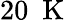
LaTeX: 20\ \mathrm{~K~}